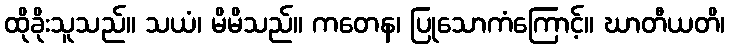
ထိုခိုးသူသည်။ သယံ၊ မိမိသည်။ ကတေန၊ ပြုသောကံကြောင့်။ ဃာတီယတိ၊